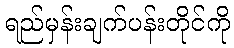
ရည်မှန်းချက်ပန်းတိုင်ကို